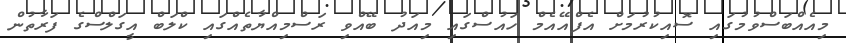
މިއެއްބަސްވުމުގައި ސޮއިކުރުމަށް އެފްއޭއެމް ހައުސްގައި މިއަދު ބޭއްވި ރަސްމިއްޔާތެއްގައި ކްލަބް އީގަލްސްގެ ފަރާތުން